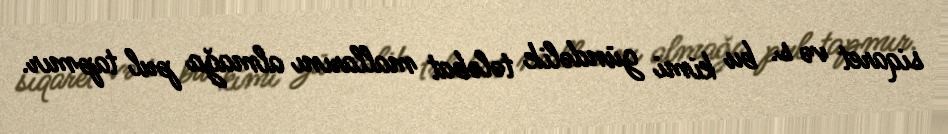
siqaret və s. bu kimi gündəlik tələbat mallarını almağa pul tapmır.